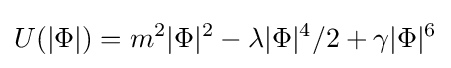
U(|\Phi |)=m^{2}|\Phi |^{2}-\lambda |\Phi |^{4}/2+\gamma |\Phi |^{6}